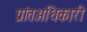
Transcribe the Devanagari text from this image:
प्रांतअधिकारी